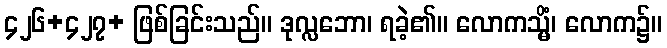
၄၂၆+၄၂၇+ ဖြစ်ခြင်းသည်။ ဒုလ္လဘော၊ ရခဲ့၏။ လောကသ္မိံ၊ လောက၌။